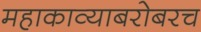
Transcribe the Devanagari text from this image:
महाकाव्याबरोबरच